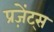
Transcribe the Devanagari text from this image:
प्रज़ेंट्स